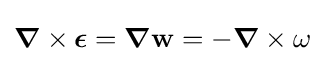
{\boldsymbol {\nabla }}\times {\boldsymbol {\epsilon }}={\boldsymbol {\nabla }}\mathbf {w} =-{\boldsymbol {\nabla }}\times \omega